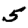
Digit: 5